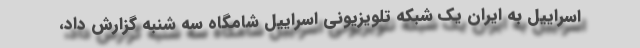
اسراییل به ایران یک شبکه تلویزیونی اسراییل شامگاه سه شنبه گزارش داد،